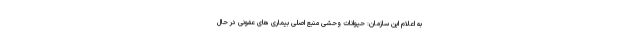
به اعلام این سازمان: حیوانات وحشی منبع اصلی بیماری های عفونی در حال